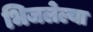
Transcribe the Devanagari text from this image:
भिजलेल्या